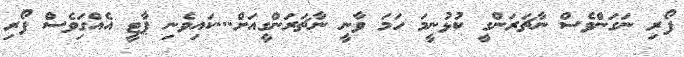
ފޯރި ނަގަންވެސް ނާޗަރަންގީ ކުޅުނީމަ ހަމަ ވާނީ ނާޗަރަންގީއަށް...ކައިވެނި ޕާޓީ އެއްގަިވެސް ފޯރި